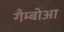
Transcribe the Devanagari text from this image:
गैम्बोआ